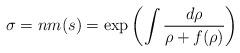
LaTeX: \begin{align*} \sigma=nm(s)=\exp\left(\int\frac{d\rho}{\rho+f(\rho)}\right)\end{align*}